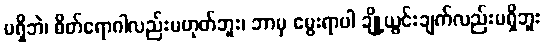
မရှိဘဲ၊ စိတ်ရောဂါလည်းမဟုတ်ဘူး၊ ဘာမှ မွေးရာပါ ချို့ယွင်းချက်လည်းမရှိဘူး